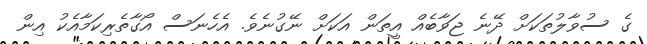
ގެ ސުވާލުތަކަށް ދޭނެ ޖަވާބެއް އީތަން އަކަށް ނޭގުނެވެ. އެހެނަސް އޯގާތެރިކަމާއެކު އިން